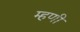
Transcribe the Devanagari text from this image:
म्‍हणी